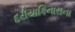
દરીયાકિનારાના